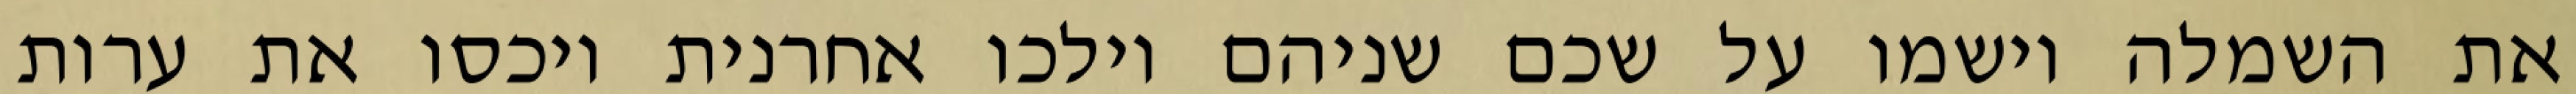
את השמלה וישמו על שכם שניהם וילכו אחרנית ויכסו את ערות